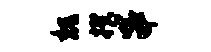
魏揆串